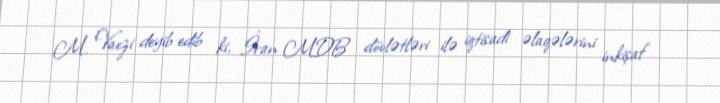
M. Vaezi deyib edib ki, İran MDB dövlətləri ilə iqtisadi əlaqələrini inkişaf